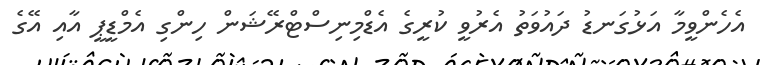
އެހެންވީމާ އަޅުގަނޑު ދައުވަތު އެރުވީ ކުރީގެ އެޑްމިނިސްޓްރޭޝަން ހިންގި އެމްޑީޕީ އާއި އޭގެ